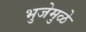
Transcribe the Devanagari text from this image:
भुजेमुळे